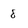
Character: 8